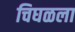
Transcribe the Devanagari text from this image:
चिघळला